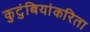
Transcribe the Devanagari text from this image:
कुटुंबियांकरिता